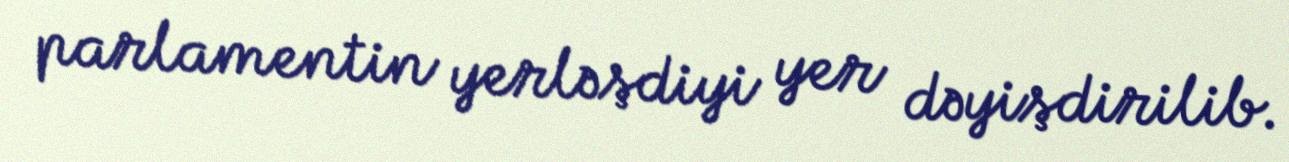
parlamentin yerləşdiyi yer dəyişdirilib.